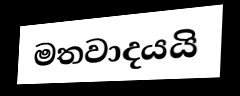
මතවාදයයි